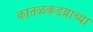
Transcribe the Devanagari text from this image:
कातळकडय़ाच्या